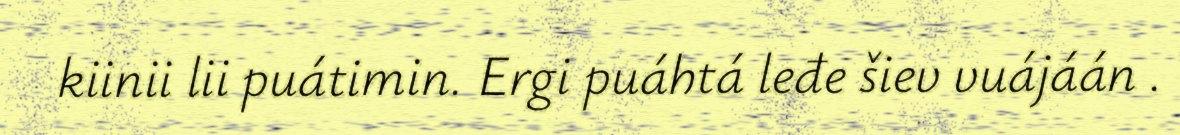
kiinii lii puátimin. Ergi puáhtá leđe šiev vuájáán .